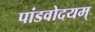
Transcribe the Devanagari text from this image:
पांडवोदयम्